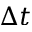
\Delta t